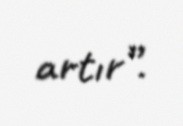
artır”.